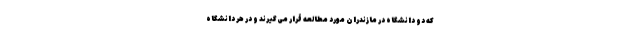
که دو دانشگاه در مازندران مورد مطالعه قرار می‌گیرند و در هر دانشگاه